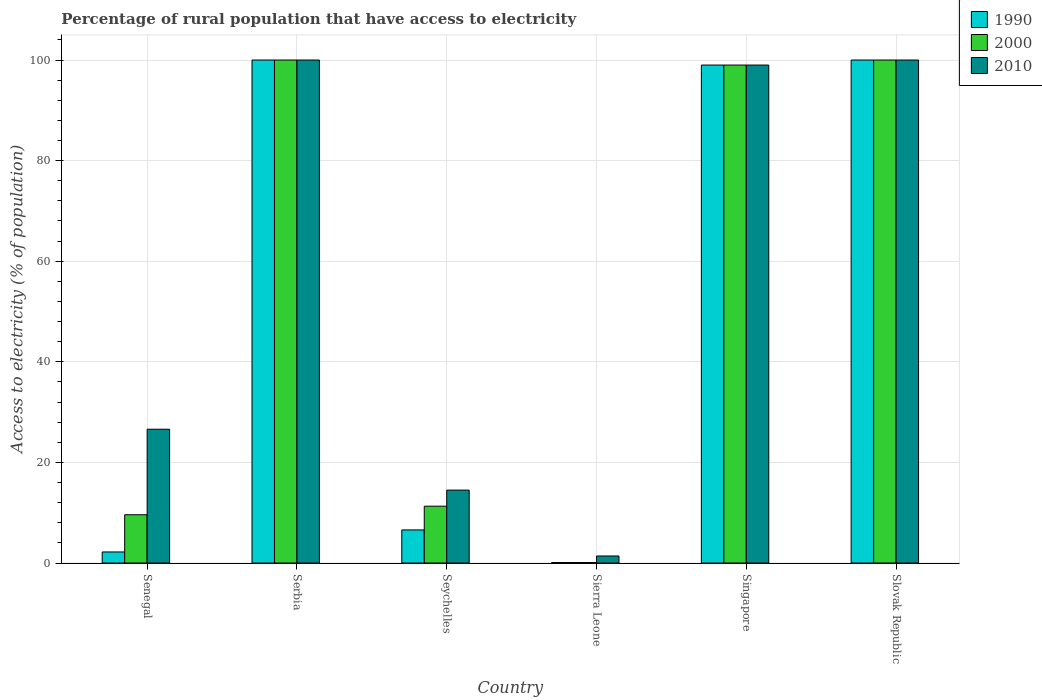
| Country | 1990 | 2000 | 2010 |
 | --- | --- | --- | --- |
 | Senegal | 2.2 | 9.6 | 26.6 |
 | Serbia | 100 | 100 | 100 |
 | Seychelles | 6.58 | 11.3 | 14.5 |
 | Sierra Leone | 0.1 | 0.1 | 1.4 |
 | Singapore | 99 | 99 | 99 |
 | Slovak Republic | 100 | 100 | 100 |